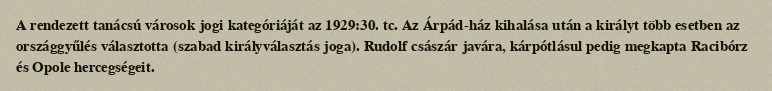
A rendezett tanácsú városok jogi kategóriáját az 1929:30. tc. Az Árpád-ház kihalása után a királyt több esetben az országgyűlés választotta (szabad királyválasztás joga). Rudolf császár javára, kárpótlásul pedig megkapta Racibórz és Opole hercegségeit.